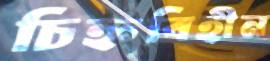
চিহ্নবিহীন